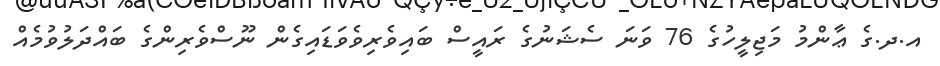
އ.ދ.ގެ ޢާންމު މަޖިލީހުގެ 76 ވަނަ ސެޝަނުގެ ރައީސް ބައިވެރިވެވަޑައިގެން ނޫސްވެރިންގެ ބައްދަލުވުމެއް